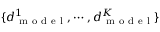
\{ d _ { \mathrm { ~ m ~ o ~ d ~ e ~ l ~ } } ^ { 1 } , \cdots , d _ { \mathrm { ~ m ~ o ~ d ~ e ~ l ~ } } ^ { K } \}